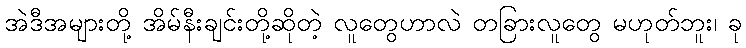
အဲဒီအများတို့ အိမ်နီးချင်းတို့ဆိုတဲ့ လူတွေဟာလဲ တခြားလူတွေ မဟုတ်ဘူး၊ ခု